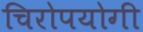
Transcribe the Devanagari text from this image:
चिरोपयोगी